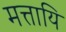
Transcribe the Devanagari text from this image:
मत्तायि